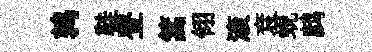
鹑鞋登篙翎滚袞蜆鹧